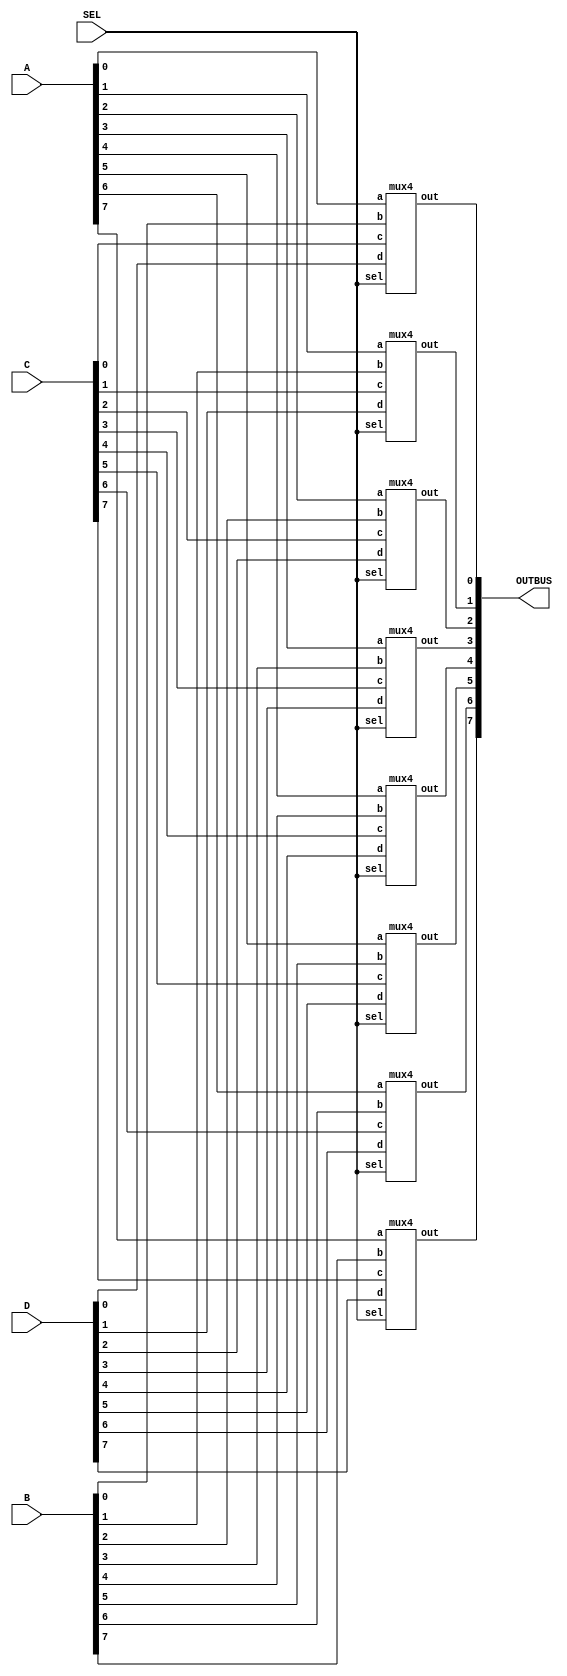
//write the verilog modules to implement 8-bit multiplexer
module bus_multiplex(OUTBUS, A, B, C, D, SEL);
  input [7:0] A, B, C, D;
  input [1:0] SEL;
  output reg [7:0] OUTBUS;
  
  wire [7:0] outwire;
  
  mux4 M0 (outwire[0], A[0], B[0], C[0], D[0], SEL);
  mux4 M1 (outwire[1], A[1], B[1], C[1], D[1], SEL);
  mux4 M2 (outwire[2], A[2], B[2], C[2], D[2], SEL);
  mux4 M3 (outwire[3], A[3], B[3], C[3], D[3], SEL);
  mux4 M4 (outwire[4], A[4], B[4], C[4], D[4], SEL);
  mux4 M5 (outwire[5], A[5], B[5], C[5], D[5], SEL);
  mux4 M6 (outwire[6], A[6], B[6], C[6], D[6], SEL);
  mux4 M7 (outwire[7], A[7], B[7], C[7], D[7], SEL);
  
  always @(*)
    OUTBUS = outwire;
  
endmodule

module mux4(out, a, b,  c, d, sel);
  input a, b, c, d;
  input [1:0] sel;
  output reg out;
  
  always @(*)
    begin
      case(sel)
        2'b00: out = a;
        2'b01: out = b;
        2'b10: out = c;
        2'b11: out = d;
        default: out = 1'b0;
      endcase
    end
endmodule
        
  
  
  
module bus_multiplex_tb;
		reg [7:0] a, b, c, d;
		reg [1:0] s;
		wire [7:0] out;
		
		parameter STDIN = 32'h8000_0000;
		integer testid;
		integer ret;

		bus_multiplex  bm(out, a, b, c, d, s);
 
		initial begin
			ret = $fscanf(STDIN,"%d",testid);
			case(testid)

				0:    	begin
						{a} = 0; {b} = 15; {c} = 240; {d} = 255; {s} = 2;
					end
   				1:    	begin
						{a} = 0; {b} = 15; {c} = 240; {d} = 255; {s} = 3;
        					end
   				2:    	begin
						{a} = 0; {b} = 15; {c} = 240; {d} = 255; {s} = 0;
					end
   				3:	begin
						{a} = 0; {b} = 15; {c} = 240; {d} = 255; {s} = 1;
					end

    				default:	begin
        							$display("Bad testcase id %d",testid);
        							$finish();
        						end
			endcase
			#5;
			if ( (s==0 && out == a) || (s==1 && out == b) || (s==2 && out == c) || (s==3 && out == d) )
        				pass();
			else
 					fail();
		end


 		task fail; 	begin
    					$display("Fail: for A = %1d, B = %2d, C = %3d, D = %3d and SEL = %b, OUTBUS = %3d is WRONG",a, b, c, d, s, out);
  				end
  		endtask

  		task pass; 	begin
    					$display("Pass: for A = %1d, B = %2d, C = %3d, D = %3d and SEL = %b, OUTBUS = %3d",a, b, c, d, s, out);
	    				
  				end
  		endtask

	endmodule